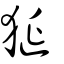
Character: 狿